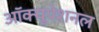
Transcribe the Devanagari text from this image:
ऑक्यूपेशनल